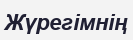
Жүрегімнің